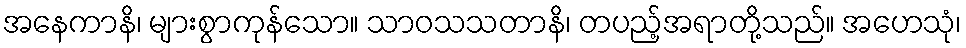
အနေကာနိ၊ များစွာကုန်သော။ သာဝသသတာနိ၊ တပည့်အရာတို့သည်။ အဟေသုံ၊